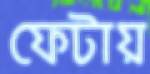
ফেটায়